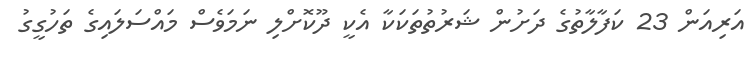
އަރިއަން 23 ކަފާލާތުގެ ދަށުން ޝަރުތުތަކަކާ އެކީ ދޫކޮށްލި ނަމަވެސް މައްސަލައިގެ ތަހުގީގު